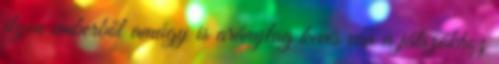
ilyen emberből amúgy is aránylag kevés van a játszókhoz